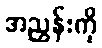
အညွှန်းကို